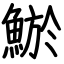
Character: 鯲